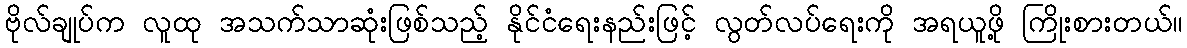
ဗိုလ်ချုပ်က လူထု အသက်သာဆုံးဖြစ်သည့် နိုင်ငံရေးနည်းဖြင့် လွတ်လပ်ရေးကို အရယူဖို့ ကြိုးစားတယ်။